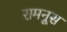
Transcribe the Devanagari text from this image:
रामनूस